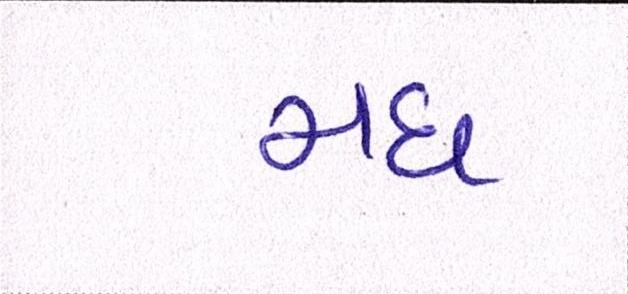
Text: મધ